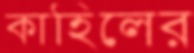
কাহিলের